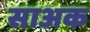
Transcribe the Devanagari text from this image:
साअक